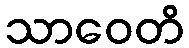
သာဝေတိ